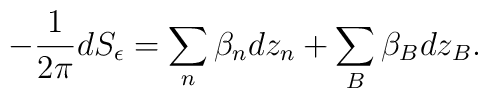
-\frac{1}{2\pi} d S_\epsilon = \sum_n\beta_n dz_n + \sum_B \beta_B dz_B.